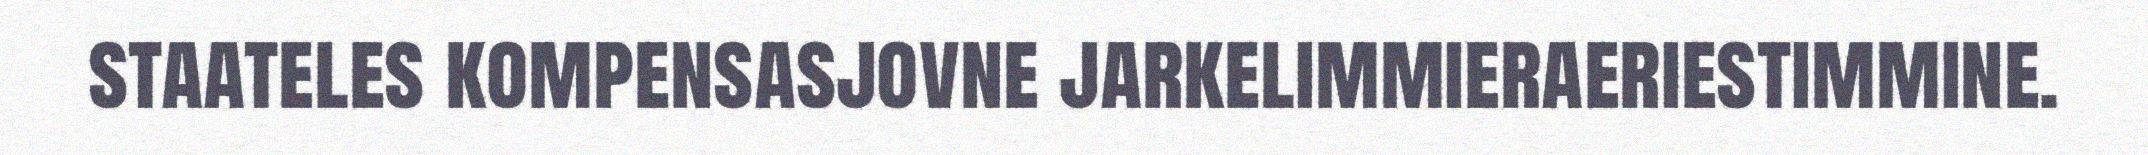
staateles kompensasjovne jarkelimmieraeriestimmine.